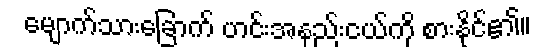
မျောက်သားခြောက် ဟင်းအနည်းငယ်ကို စားနိုင်၏။